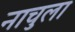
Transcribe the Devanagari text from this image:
नाचुला